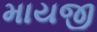
માયજી